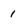
Character: i